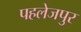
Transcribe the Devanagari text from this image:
पहलेजपुर